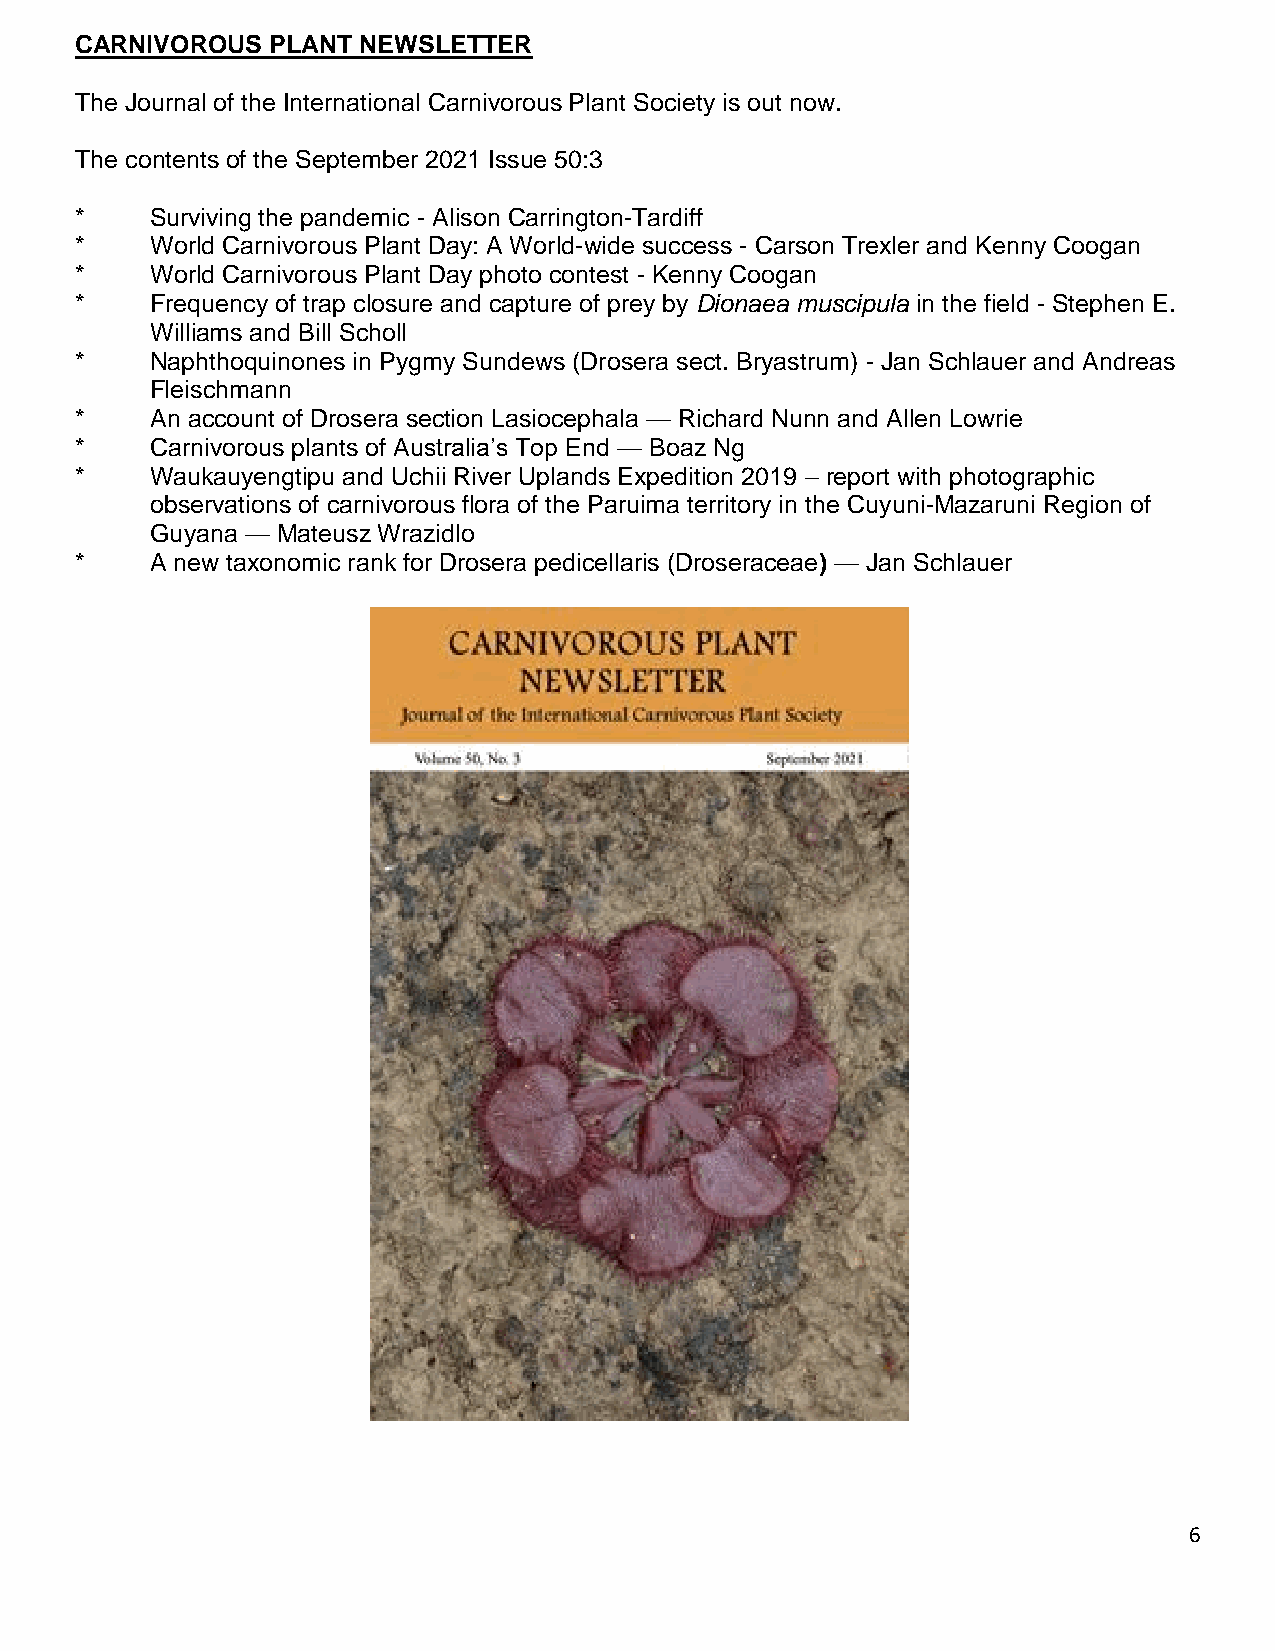
CARNIVOROUS  PLANT NEWSLETTER
 The Journal of the International Carnivorous Plant Society is out now.
 The contents of the September 2021 Issue 50:3
 *    Surviving the pandemic - Alison Carrington-Tardiff
 *    World Carnivorous Plant Day: A World-wide success - Carson Trexler and Kenny Coogan
 *    World Carnivorous Plant Day photo contest - Kenny Coogan
 *    Frequency of trap closure and capture of prey by Dionaea muscipula in the field - Stephen E.
 Williams and Bill Scholl
 *    Naphthoquinones in Pygmy Sundews (Drosera sect. Bryastrum) - Jan Schlauer and Andreas
 Fleischmann
 *    An account of Drosera section Lasiocephala — Richard Nunn and Allen Lowrie
 *    Carnivorous plants of Australia’s Top End — Boaz Ng
 *    Waukauyengtipu and Uchii River Uplands Expedition 2019 – report with photographic
 observations of carnivorous flora of the Paruima territory in the Cuyuni-Mazaruni Region of
 Guyana — Mateusz Wrazidlo
 *    A new taxonomic rank for Drosera pedicellaris (Droseraceae) — Jan Schlauer
 6